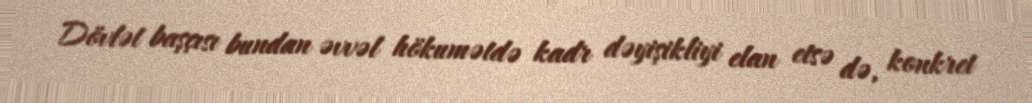
Dövlət başçısı bundan əvvəl hökumətdə kadr dəyişikliyi elan etsə də, konkret